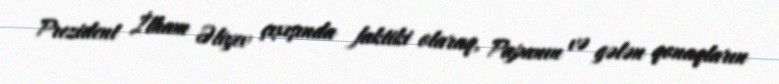
Prezident İlham Əliyev çıxışında faktiki olaraq, Papanın və gələn qonaqların